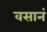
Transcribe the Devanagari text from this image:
वसानं